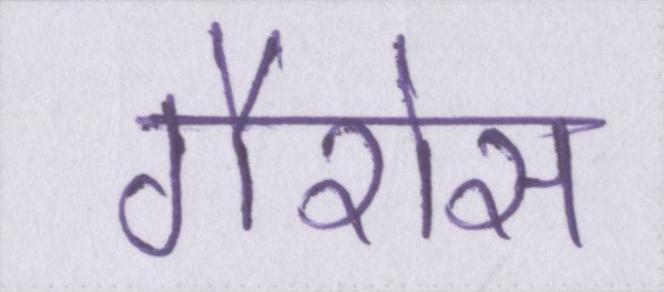
गैरोस